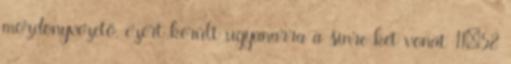
mozdonyvezető, ezért került ugyanarra a sínre két vonat 11:58